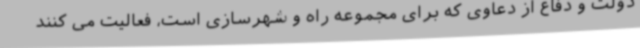
دولت و دفاع از دعاوی که برای مجموعه راه و شهرسازی است، فعالیت می کنند